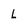
Character: l